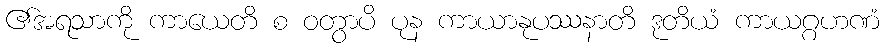
၏အရသာကို ကာယေတိ စ ဝတွာပိ ပုန ကာယာနုပဿနာတိ ဒုတိယံ ကာယဂ္ဂဟဏံ